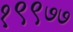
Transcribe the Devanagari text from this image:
१९९७७